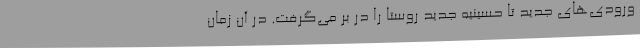
ورودی‌های جدید تا حسینیه جدید روستا را در بر می‌گرفت. در آن زمان